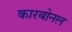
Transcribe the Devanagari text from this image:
कारबोनल